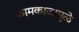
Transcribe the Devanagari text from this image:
कामकाजामुळे